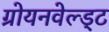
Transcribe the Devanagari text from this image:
ग्रोयनवेल्ड्ट